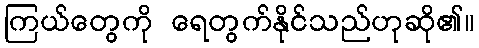
ကြယ်တွေကို ရေတွက်နိုင်သည်ဟုဆို၏။